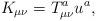
LaTeX: \begin{align*}K_{\mu \nu }=T_{\mu \nu }^au^a, \end{align*}